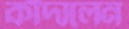
কাঁদালেন